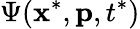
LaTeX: \Psi(\mathbf{x}^{*},\mathbf{p},t^{*})